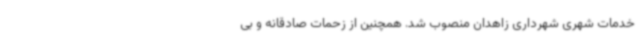
خدمات شهری شهرداری زاهدان منصوب شد. همچنین از زحمات صادقانه و بی